Lunatic asylums Punjab 1881-1894 - 1881-1894
Year: 1881
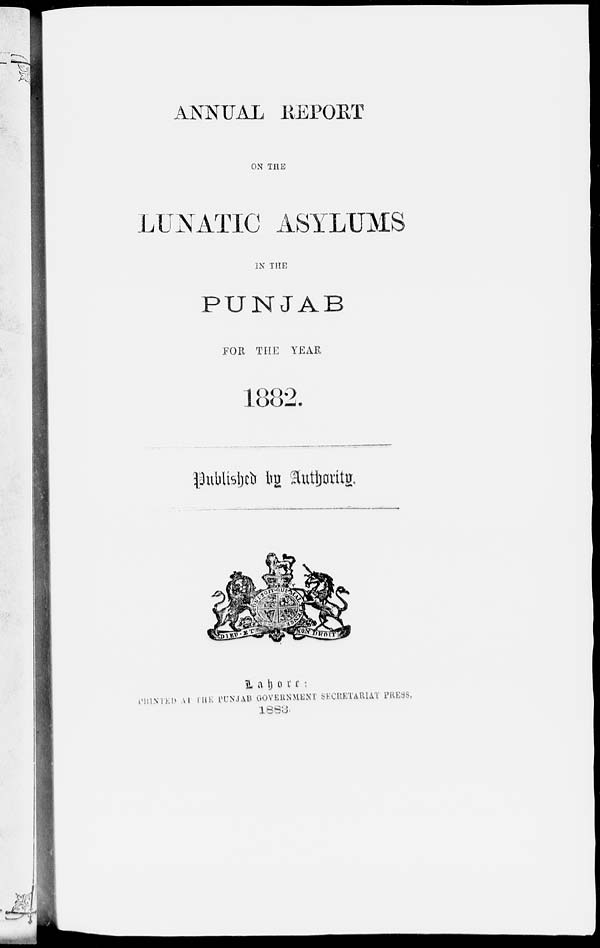
ANNUAL REPORT
ON THE
LUNATIC ASYLUMS
IN THE
PUNJAB
FOR THE YEAR
1882.
Published by Authority.
Lahore
:
PRINTED AT THE PUNJAB GOVERNMENT SECRETARIAT PRESS.
1883.